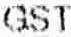
GST